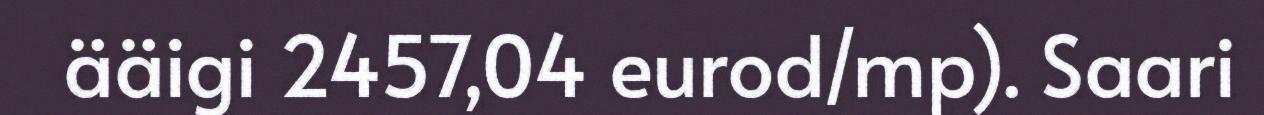
ääigi 2457,04 eurod/mp). Saari